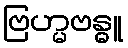
ဗြဟ္မဗန္ဓူ